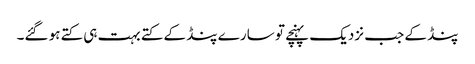
پنڈ کے جب نزدیک پہنچے تو سارے پنڈ کے کتے بہت ہی کتے ہو گئے۔